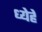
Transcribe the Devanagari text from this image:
ध्येहे